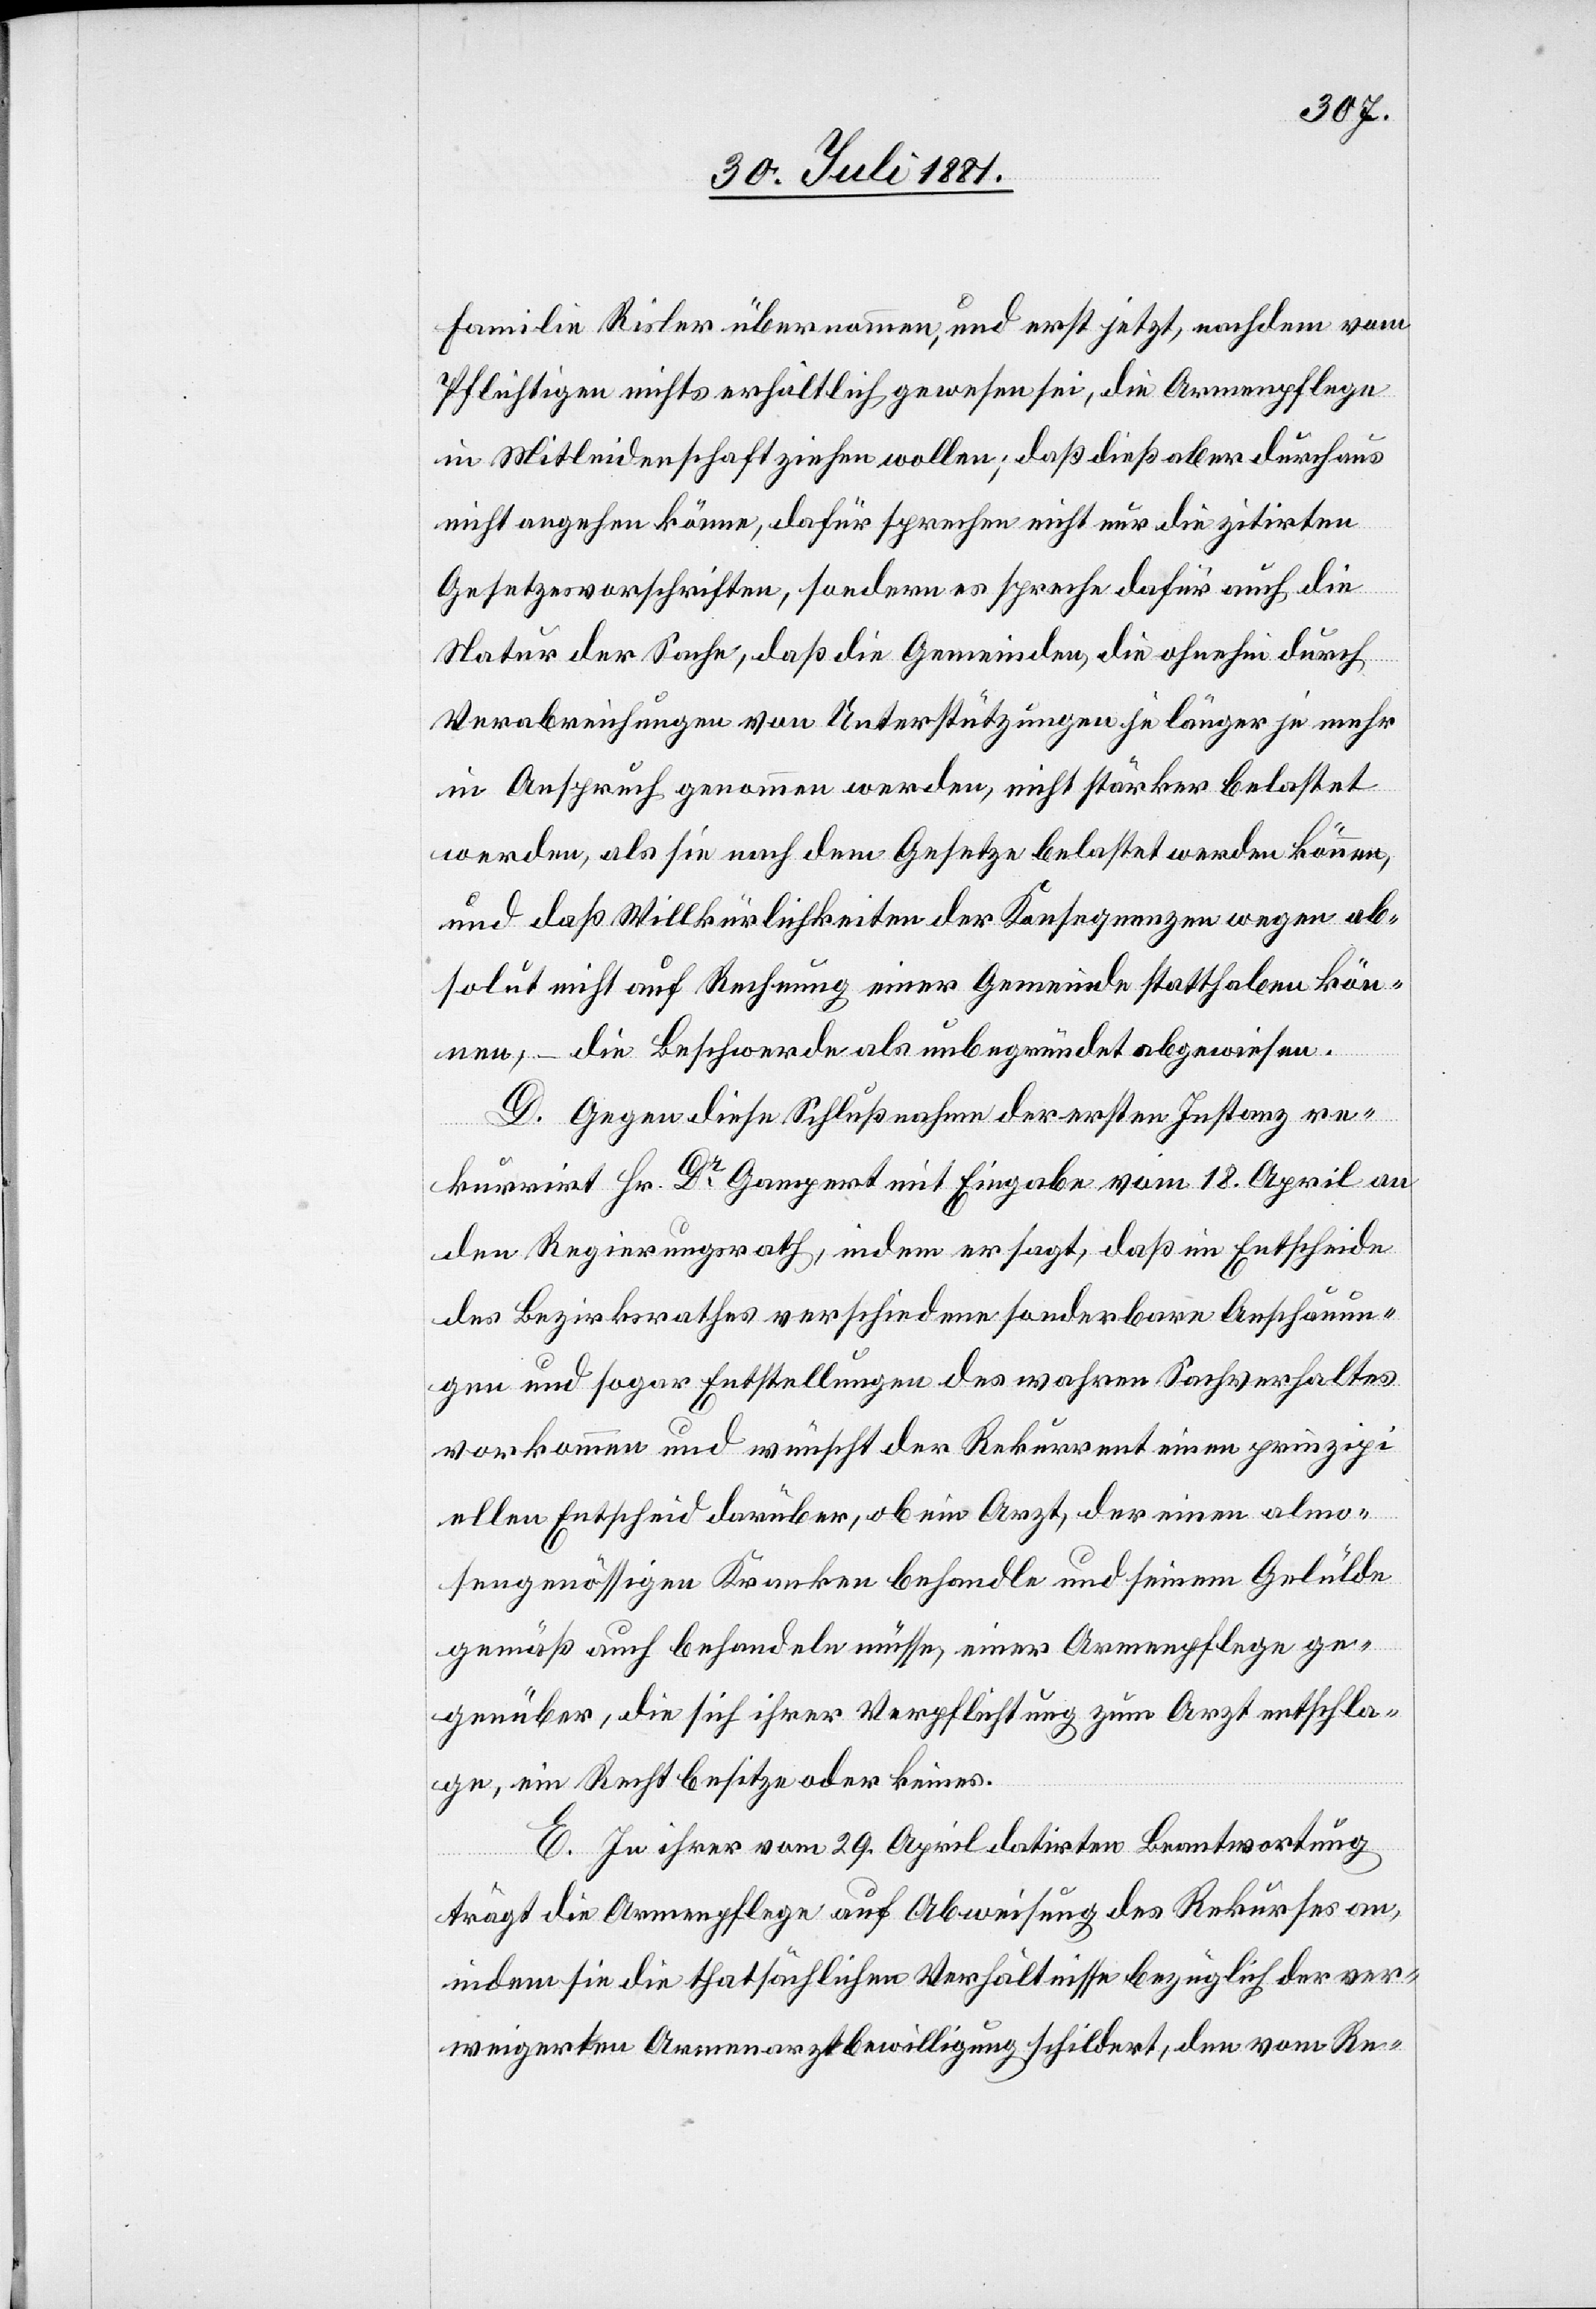
Familie Risler übernommen, und erst jetzt, nachdem vom
Pflichtigen nichts erhältlich gewesen sei, die Armenpflege
in Mitleidenschaft ziehen wollen; daß dieß aber durchaus
nicht angehen könne, dafür sprechen nicht nur die zitirten
Gesetzesvorschriften, sondern es spreche dafür auch die
Natur der Sache, daß die Gemeinden, die ohnehin durch
Verabreichungen von Unterstützungen je länger je mehr
in Anspruch genommen werden, nicht stärker belastet
werden, als sie nach dem Gesetze belastet werden können,
und daß Willkürlichkeiten der Konsequenzen wegen ab¬
solut nicht auf Rechnung einer Gemeinde statthaben kön¬
nen, die Beschwerde als unbegründet abgewiesen.
D. Gegen diese Schlußnahme der ersten Instanz re¬
kurrirt Hr. Dr Gampert mit Eingabe vom 18. April an
den Regierungsrath, indem er sagt, daß im Entscheide
des Bezirksrathes verschiedene sonderbare Anschauun¬
gen und sogar Entstellungen des wahren Sachverhaltes
vorkommen und wünscht der Rekurrent einen prinzipi¬
ellen Entscheid darüber, ob ein Arzt, der einen almo¬
sengenössigen Kranken behandle und seinem Gelü[b]de
gemäß auch behandlen müsse, einer Armenpflege ge¬
genüber, die sich ihrer Verpflichtung zum Arzt entschla¬
ge, ein Recht besitze oder keines.
E. In ihrer vom 29. April datirten Beantwortung
trägt die Armenpflege auf Abweisung des Rekurses an,
indem sie die thatsächlichen Verhältnisse bezüglich der ver¬
weigerten Armenarztbewilligung schildert, den vom Re-